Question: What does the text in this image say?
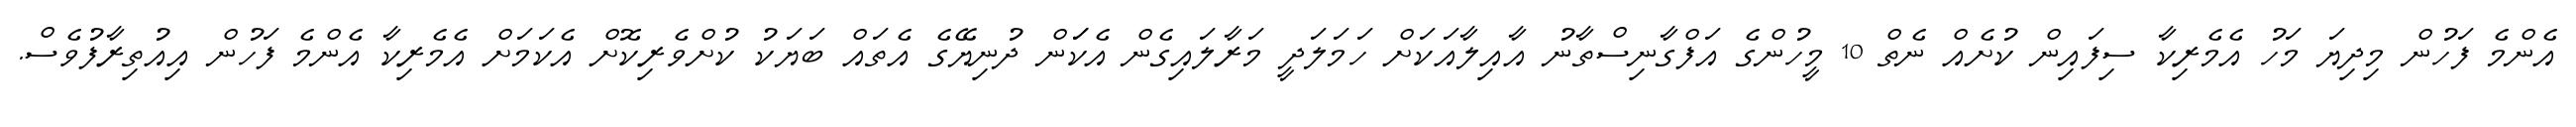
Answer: އެންމެ ފަހުން މިދިޔަ މަހު އެމެރިކާ ސިފައިން ކުށެއް ނެތް 10 މީހުންގެ އަފްގާނިސްތާނު އާއިލާއަކަށް ހަމަލަދީ މަރާލައިގެން އެކަަން ދުނިޔޭގެ އެތައް ބަޔަކު ކުށްވެރިކޮށް އެކަމަށް އެމެރިކާ އެންމެ ފަހުން އިއުތިރާފުވެސް.